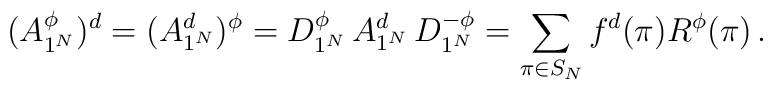
(A^{\phi}_{1^N})^d = (A^d_{1^N})^{\phi} = D_{1^N}^{\phi}\,A_{1^N}^d\,D^{-\phi}_{1^N} = \sum_{\pi\in S_N} f^d(\pi) R^{\phi}(\pi) \,.